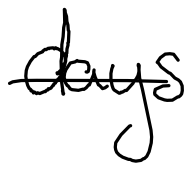
Text: days
Cross-out: single-line
Writing tool: digital_black